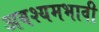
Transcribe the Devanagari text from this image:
अवश्यमभावी